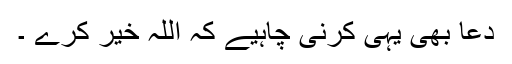
دعا بھی یہی کرنی چاہیے کہ اللہ خیر کرے ۔